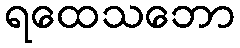
ရထေသဘော